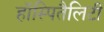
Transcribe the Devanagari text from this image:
हॉस्पितैलिटी